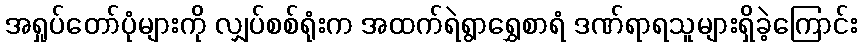
အရှုပ်တော်ပုံများကို လျှပ်စစ်ရုံးက အထက်ရဲရွာရွှေစာရံ ဒဏ်ရာရသူများရှိခဲ့ကြောင်း